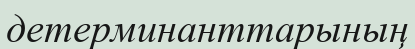
детерминанттарының